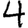
Digit: 4